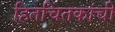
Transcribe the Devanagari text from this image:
हितचिंतकांची